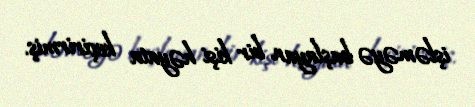
işləməyə başlayan bir kişi həyata keçirirmiş.